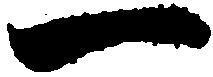
一